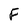
Character: F